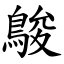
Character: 鵔